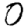
Digit: 0